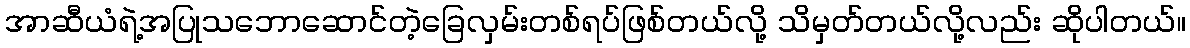
အာဆီယံရဲ့အပြုသဘောဆောင်တဲ့ခြေလှမ်းတစ်ရပ်ဖြစ်တယ်လို့ သိမှတ်တယ်လို့လည်း ဆိုပါတယ်။